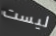
ليست